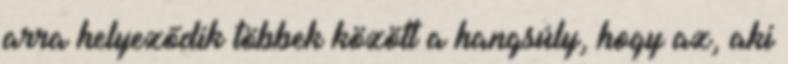
arra helyeződik többek között a hangsúly, hogy az, aki